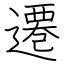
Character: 遷